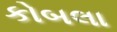
કોબલા